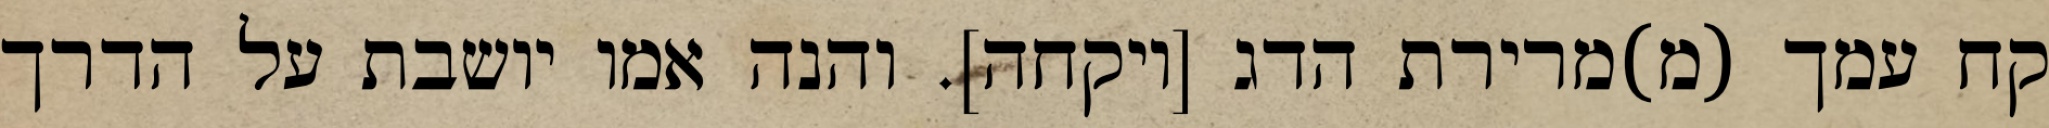
קח עמך (מ)מרירת הדג [ויקחה]. והנה אמו יושבת על הדרך